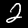
Label: 2